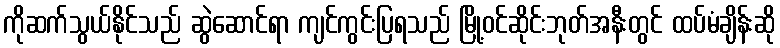
ကိုဆက်သွယ်နိုင်သည် ဆွဲဆောင်ရာ ကျင်ကွင်းပြရသည် မြို့ဝင်ဆိုင်းဘုတ်အနီးတွင် ထပ်မံချိန်းဆို